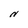
Character: N